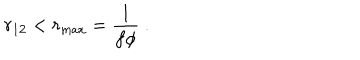
r _ { 1 2 } < r _ { \mathrm { m a x } } = \frac { 1 } { f \phi } ~ .